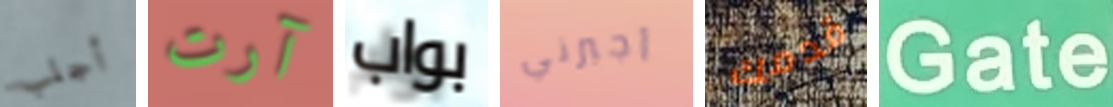
أجلب آرت بواب أجبرني قدمك Gate